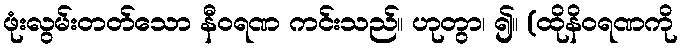
ဖုံးလွမ်းတတ်သော နီဝရဏ ကင်းသည်။ ဟုတွာ၊ ၍။ (ထိုနိဝရဏကို